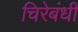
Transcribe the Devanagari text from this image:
चिरेबंधी